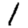
Digit: 1